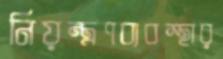
নিয়ন্ত্রণব্যবস্থার